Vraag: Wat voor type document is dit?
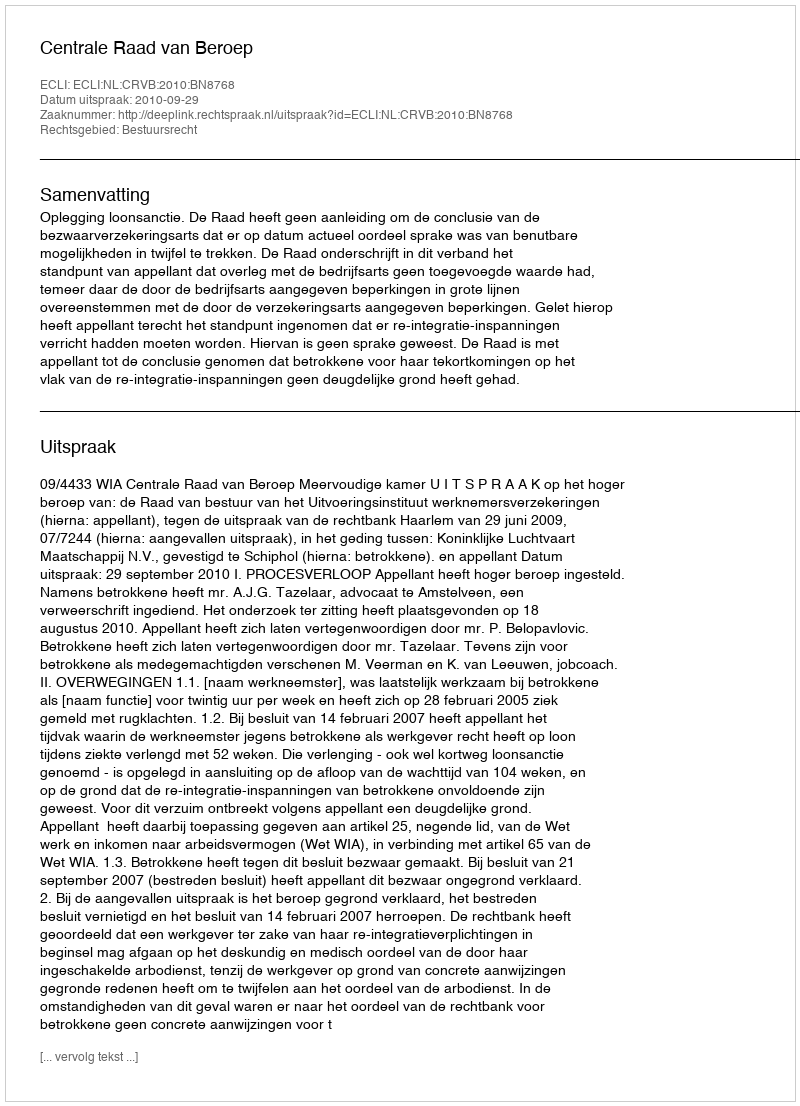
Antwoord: Uitspraak